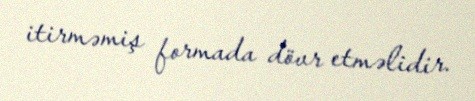
itirməmiş formada dövr etməlidir.